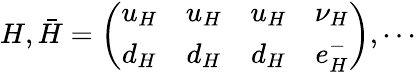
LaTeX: {H},\bar{H}=\left(\begin{array}{cccc}{{{u_{H}}}}&{{{u_{H}}}}&{{{u_{H}}}}&{{{\nu_{H}}}}\\ {{{d_{H}}}}&{{{d_{H}}}}&{{{d_{H}}}}&{{{e_{H}^{-}}}}\end{array}\right),\cdots